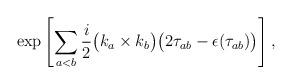
LaTeX: \begin{align*} \exp\left[\sum_{a<b}\frac{i}{2} \bigl(k_a \times k_b\bigr) \bigl(2 \tau_{ab} -\epsilon(\tau_{ab})\bigr)\right],\end{align*}